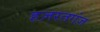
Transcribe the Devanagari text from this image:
हज़रतगंज़